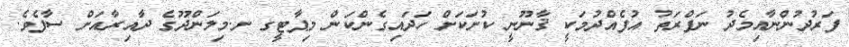
ފަރުދުންނާއިމެދު ނަފްރަތު އުފެއްދުމަކީ ޤާނޫނީ ކުށަކަށް ހަދައިގެންކަން މިޕާޓީގ ށ.މިލަންދޫގެ ދާއިރާއަށް ސާފެވެ.